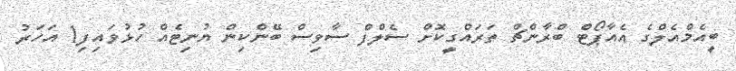
ބީއެމްއެލްގެ އެއާޕޯޓް ބްރާންޗް ތަރައްގީކޮށް ސެލްފް ސާވިސް ބޭންކިން ޔުނިޓެއް ހުޅުވައިފި1 އަހަރު